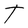
Character: T